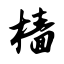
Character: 樯